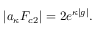
\left| a _ { \kappa } F _ { c 2 } \right| = 2 e ^ { \kappa | g | } .